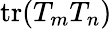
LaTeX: \mathrm{tr}(T_{m}T_{n})